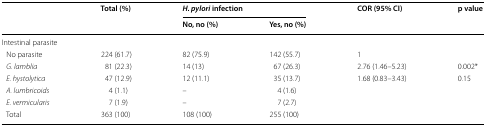
<table><thead><tr><td rowspan="2"></td><td rowspan="2"><b>Total (%)</b></td><td colspan="2"><b><i>H. pylori</i> infection</b></td><td rowspan="2"><b>COR (95% CI)</b></td><td rowspan="2"><b>p value</b></td></tr><tr><td><b>No, no (%)</b></td><td><b>Yes, no (%)</b></td></tr></thead><tbody><tr><td colspan="6">Intestinal parasite</td></tr><tr><td> No parasite</td><td>224 (61.7)</td><td>82 (75.9)</td><td>142 (55.7)</td><td>1</td><td></td></tr><tr><td> <i>G. lamblia</i></td><td>81 (22.3)</td><td>14 (13)</td><td>67 (26.3)</td><td>2.76 (1.46–5.23)</td><td>0.002*</td></tr><tr><td> <i>E. hystolytica</i></td><td>47 (12.9)</td><td>12 (11.1)</td><td>35 (13.7)</td><td>1.68 (0.83–3.43)</td><td>0.15</td></tr><tr><td> <i>A. lumbricoids</i></td><td>4 (1.1)</td><td>–</td><td>4 (1.6)</td><td></td><td></td></tr><tr><td> <i>E. vermicularis</i></td><td>7 (1.9)</td><td>–</td><td>7 (2.7)</td><td></td><td></td></tr><tr><td> Total</td><td>363 (100)</td><td>108 (100)</td><td>255 (100)</td><td></td><td></td></tr></tbody></table>